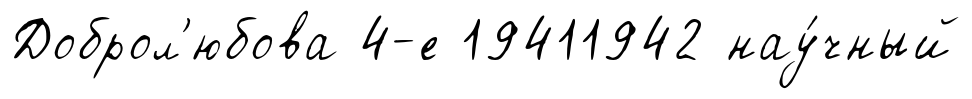
Доброл'юбова 4-е 19411942 нау́чный